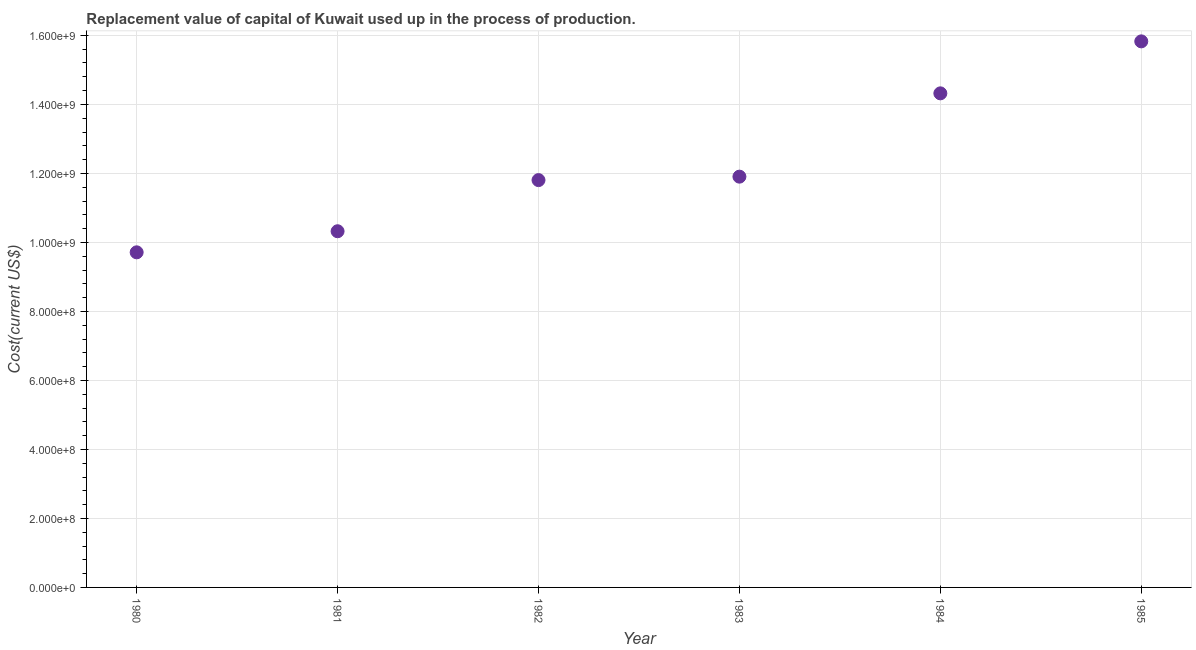
| Year | Consumption of fixed capital |
 | --- | --- |
 | 1980 | 9.71e+08 |
 | 1981 | 1.03e+09 |
 | 1982 | 1.18e+09 |
 | 1983 | 1.19e+09 |
 | 1984 | 1.43e+09 |
 | 1985 | 1.58e+09 |